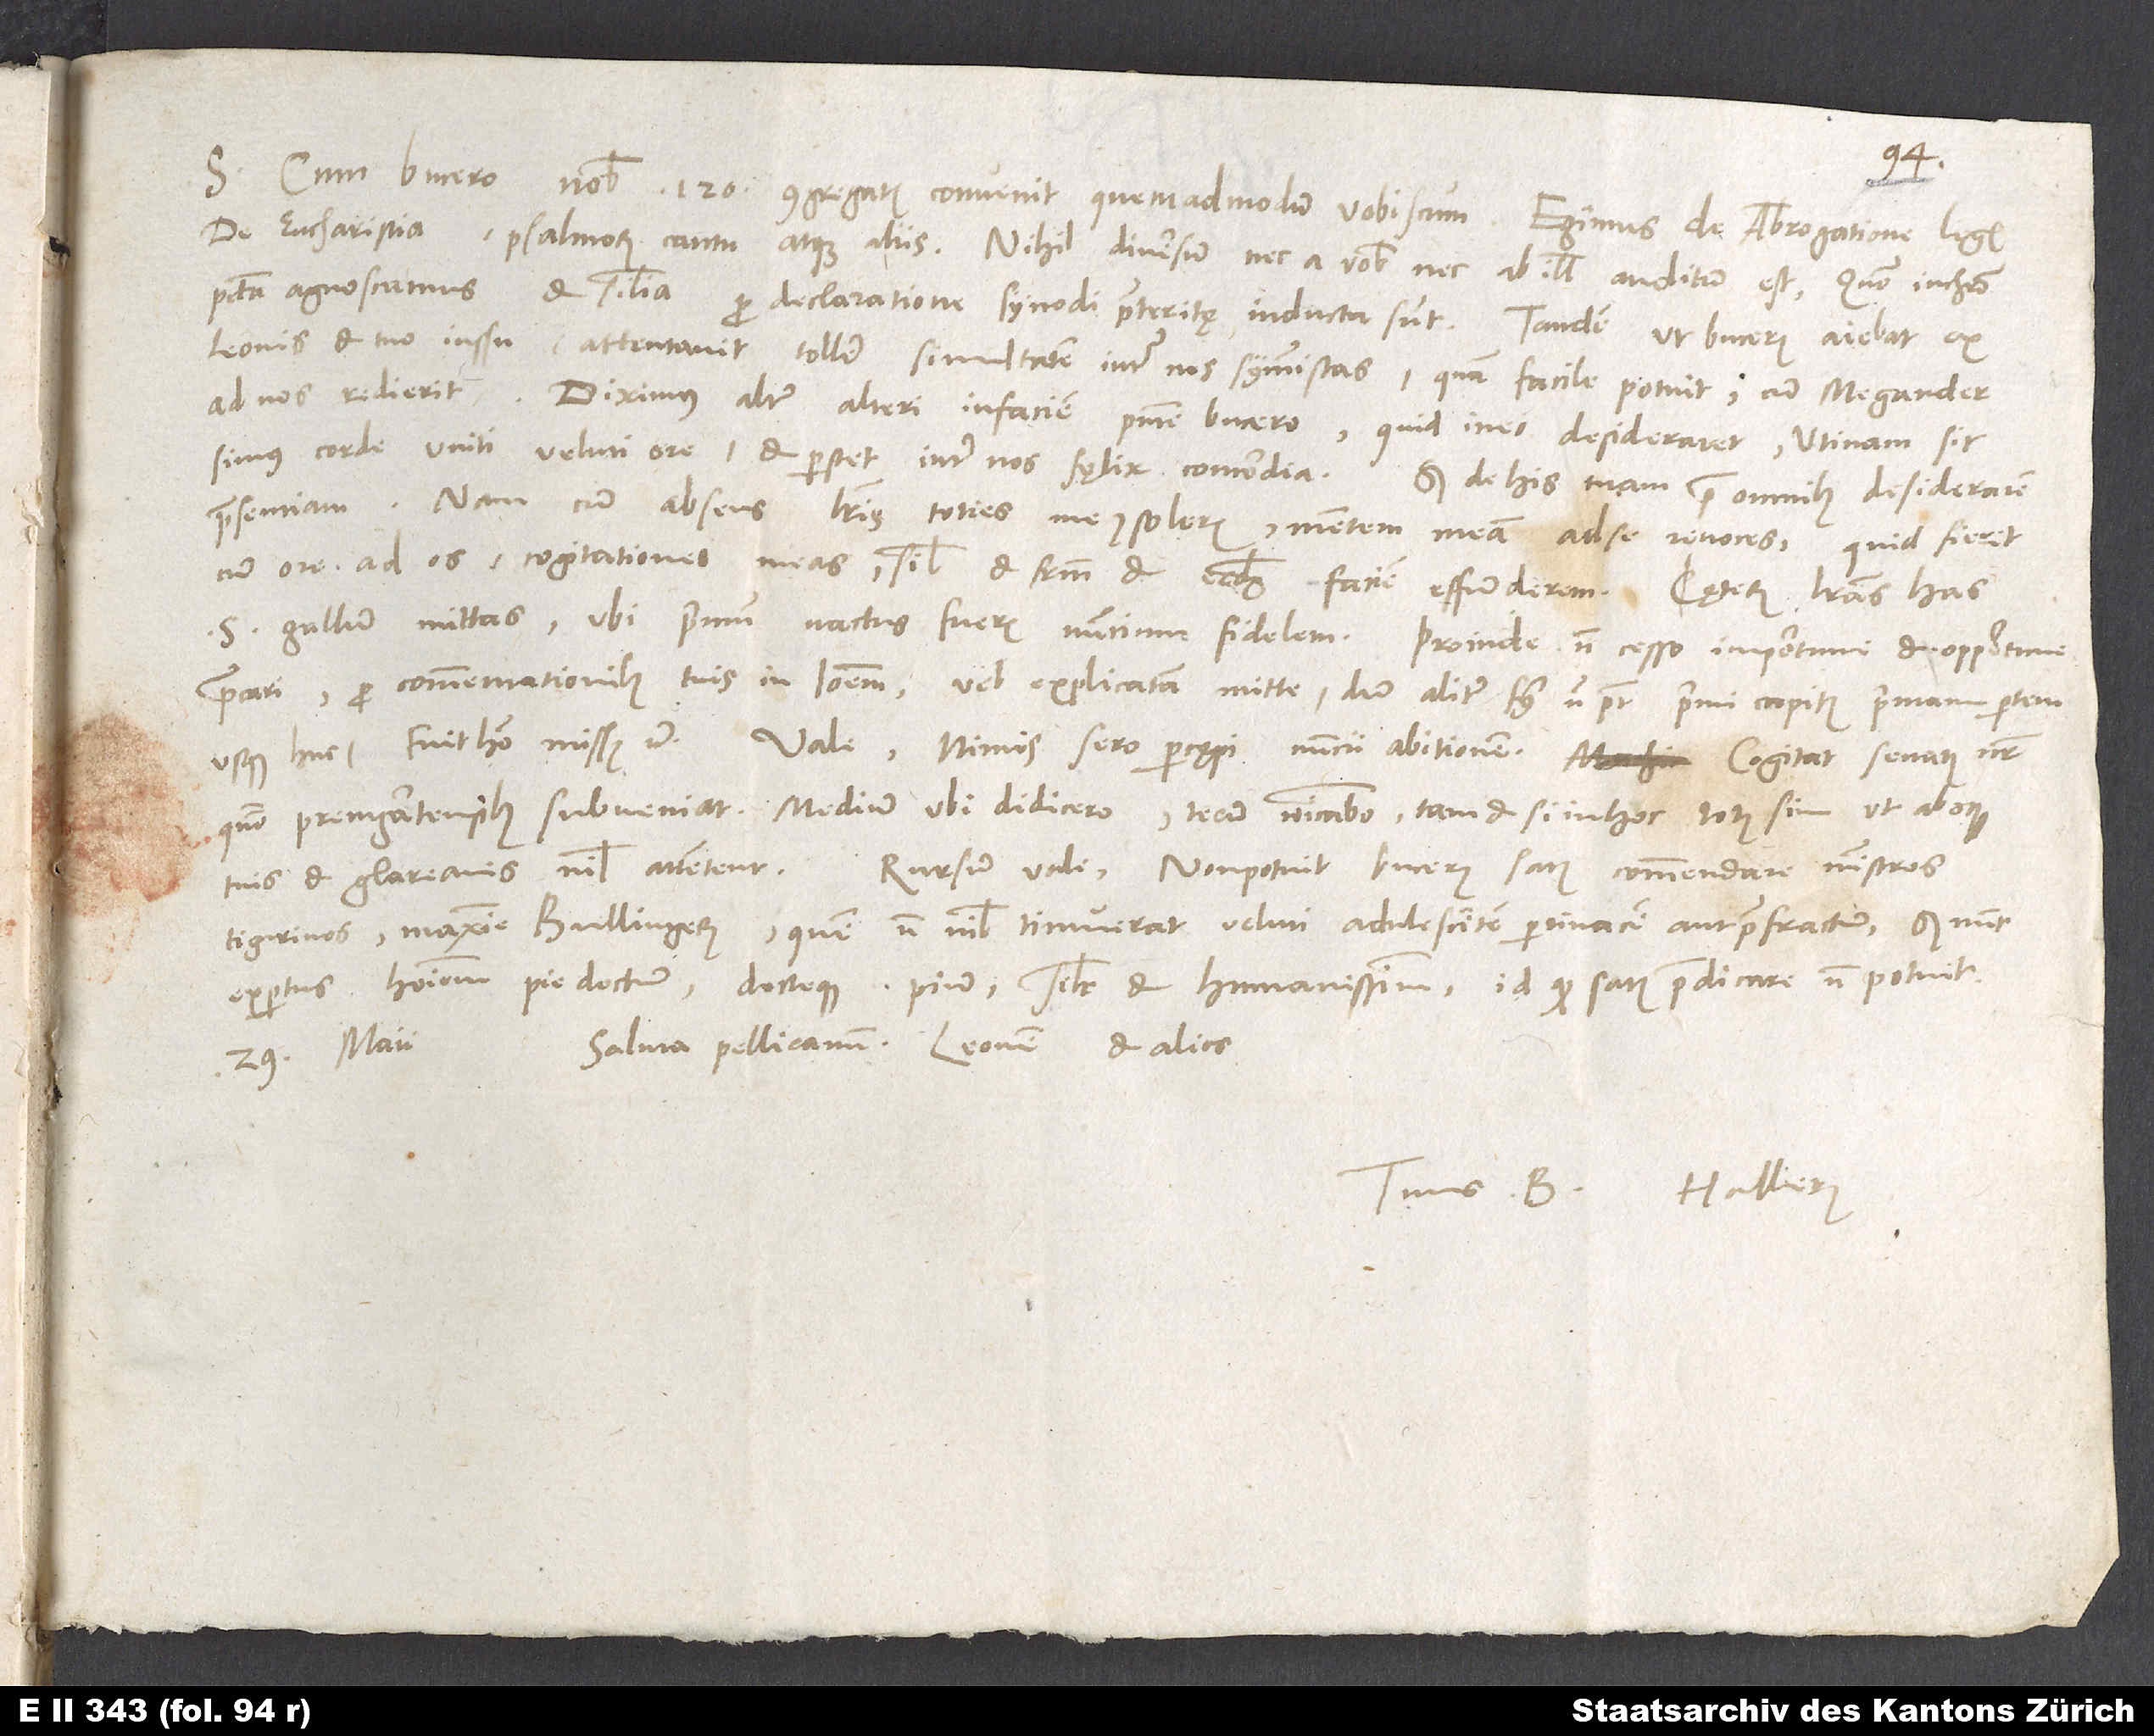
S. Cum Bucero nobis 120 congregatis convenit quemadmodum vobiscum. Egimus de abrogatione legis,
de eucharistia, psalmorum cantu atque aliis. Nihil diversum nec a vobis nec ab illis auditum est. Quomodo in Christo
peccata agnoscamus et similia pro declaratione synodi praeteritę inducta sunt. Tandem, ut Bucerus aiebat, ex
Leonis et tuo iussu attentavit tollere simultatem inter nos symmistas. Quam facile potuit, cum Megander
ad nos redierit. Diximus alter alteri in faciem praesente Bucero, quid in eo desideraret. Utinam sic
simus corde uniti veluti ore, et perstet inter nos fęlix concordia. Sed de his tuam prae omnibus desiderarem
praesentiam. Nam cum absens literis toties me consoleris, mentem meam ad se revoces, quid fieret,
cum ore ad os cogitationes meas, simul et fratrum et ecclesię faciem effunderem?
S. Gallum mittas, ubi primum nactus fueris nuncium fidelem. Proinde non cesso «importune et opportune»
Vale. Nimis sero percępi nuncii abitionem. Cogitat senatus noster,
quomodo Premgartensibus subveniat. Medium ubi didicero, tecum communicabo, tametsi in hoc totus sim, ut absque
Tigurinos, maxime Bullingerum, quem non nihil timuerat veluti adulescentem pertinacem aut praefractum, sed nunc
expertus hominem pie doctum docteque pium, similiter et humanissimum, id quod satis praedicare non potuit.
Saluta Pellicanum, Leonem et alios.
29. maii.
Tuus B. Hallerus.